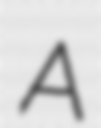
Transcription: A